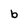
Character: b